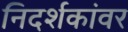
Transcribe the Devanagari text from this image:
निदर्शकांवर